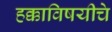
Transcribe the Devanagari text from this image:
हक्काविषयीचे